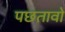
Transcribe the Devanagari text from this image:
पछतावो